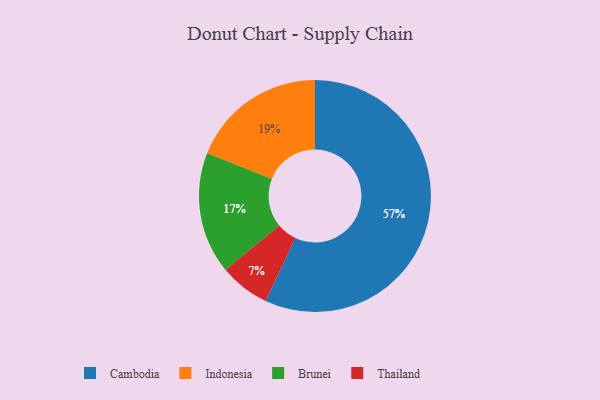
{"axis": {"x": "Category", "y": "Percentage"}, "legend": ["Brunei", "Cambodia", "Indonesia", "Thailand"], "data": [{"x": "Cambodia", "y": 57, "type": "Cambodia"}, {"x": "Indonesia", "y": 19, "type": "Indonesia"}, {"x": "Brunei", "y": 17, "type": "Brunei"}, {"x": "Thailand", "y": 7, "type": "Thailand"}]}